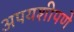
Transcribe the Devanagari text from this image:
अपयशीपणे